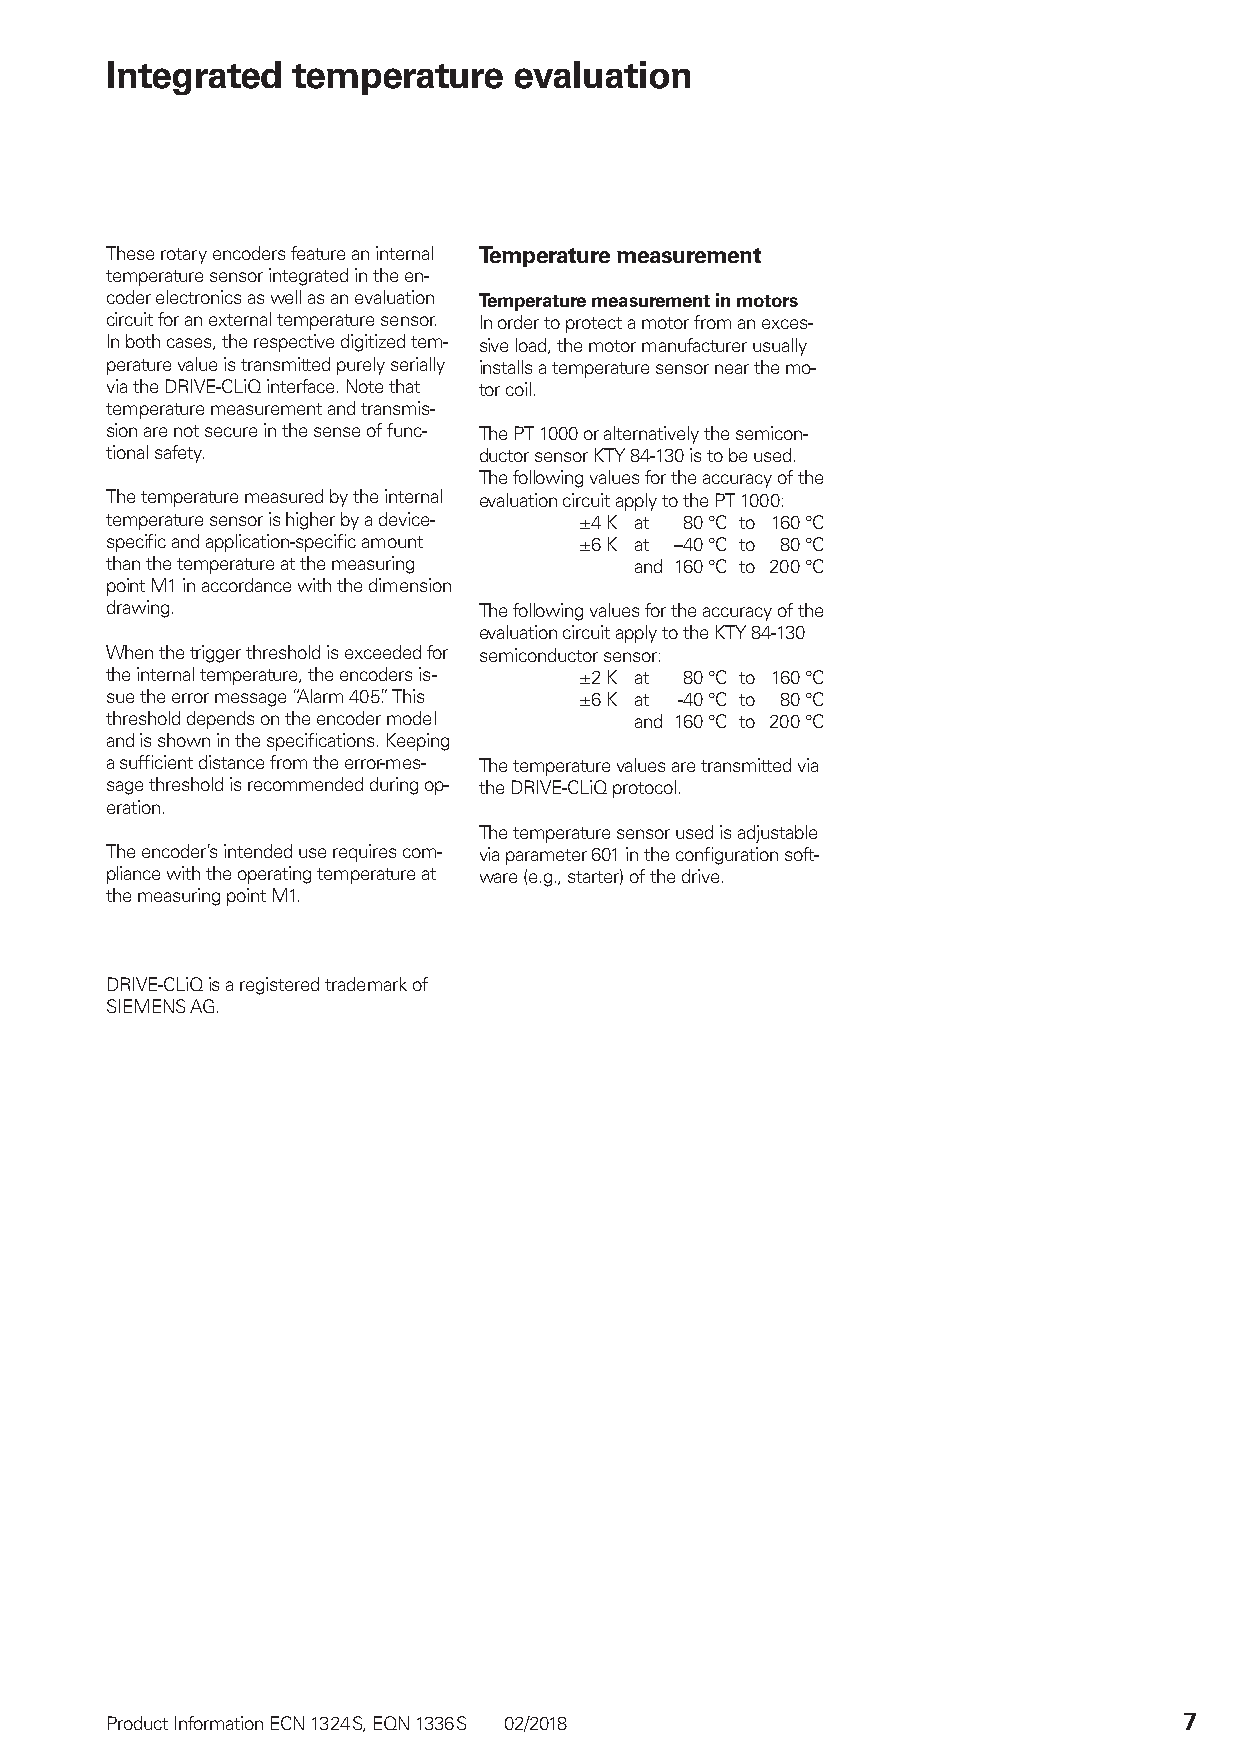
Integrated  temperature    evaluation
 These rotary encoders feature an internal Temperature measurement
 temperature sensor integrated in the en-
 coder electronics as well as an evaluation Temperature measurement in motors
 circuit for an external temperature sensor. In order to protect a motor from an exces-
 In both cases, the respective digitized tem- sive load, the motor manufacturer usually
 perature value is transmitted purely serially installs a temperature sensor near the mo-
 via the DRIVE-CLiQ interface. Note that tor coil.
 temperature measurement and transmis-
 sion are not secure in the sense of func- The PT 1000 or alternatively the semicon-
 tional safety.           ductor sensor KTY 84-130 is to be used.
 The following values for the accuracy of the
 The temperature measured by the internal evaluation circuit apply to the PT 1000:
 temperature sensor is higher by a device- ±4 K at 80 °C to 160 °C
 specific and application-specific amount ±6 K at –40 °C to 80 °C
 than the temperature at the measuring and 160 °C to 200 °C
 point M1 in accordance with the dimension
 drawing.                 The following values for the accuracy of the
 evaluation circuit apply to the KTY 84-130
 When the trigger threshold is exceeded for semiconductor sensor:
 the internal temperature, the encoders is- ±2 K at 80 °C to 160 °C
 sue the error message “Alarm 405.” This ±6 K at -40 °C to 80 °C
 threshold depends on the encoder model and 160 °C to 200 °C
 and is shown in the specifications. Keeping
 a sufficient distance from the error-mes- The temperature values are transmitted via
 sage threshold is recommended during op- the DRIVE-CLiQ protocol.
 eration.
 The temperature sensor used is adjustable
 The encoder’s intended use requires com- via parameter 601 in the configuration soft-
 pliance with the operating temperature at ware (e.g., starter) of the drive.
 the measuring point M1.
 DRIVE-CLiQ is a registered trademark of
 SIEMENS AG.
 Product Information ECN 1324 S, EQN 1336 S 02/2018                     7